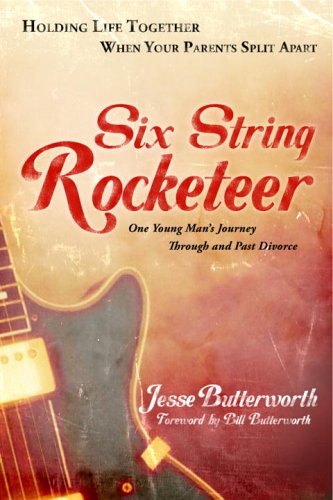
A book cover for Six String Rocketeer: Holding Life Together When Your Parents Split Apart; Jesse Butterworth; Teen & Young Adult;